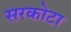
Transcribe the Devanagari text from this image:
सरकोटा